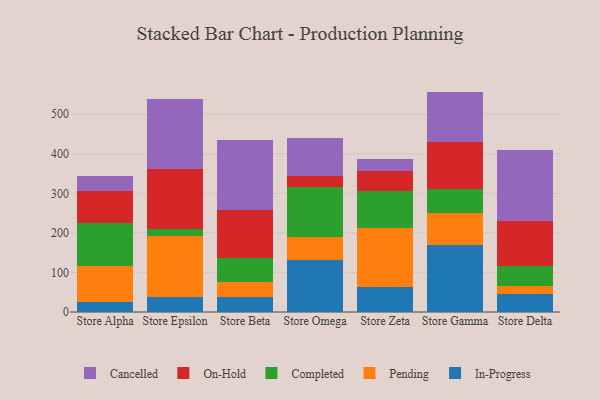
{"axis": {"x": "Store", "y": "Revenue (USD Million)"}, "legend": ["Cancelled", "Completed", "In-Progress", "On-Hold", "Pending"], "data": [{"x": "Store Alpha", "y": 26.5, "type": "In-Progress"}, {"x": "Store Alpha", "y": 89.0, "type": "Pending"}, {"x": "Store Alpha", "y": 109.4, "type": "Completed"}, {"x": "Store Alpha", "y": 80.4, "type": "On-Hold"}, {"x": "Store Alpha", "y": 39.1, "type": "Cancelled"}, {"x": "Store Epsilon", "y": 38.6, "type": "In-Progress"}, {"x": "Store Epsilon", "y": 154.5, "type": "Pending"}, {"x": "Store Epsilon", "y": 16.6, "type": "Completed"}, {"x": "Store Epsilon", "y": 152.6, "type": "On-Hold"}, {"x": "Store Epsilon", "y": 176.8, "type": "Cancelled"}, {"x": "Store Beta", "y": 37.6, "type": "In-Progress"}, {"x": "Store Beta", "y": 38.3, "type": "Pending"}, {"x": "Store Beta", "y": 60.4, "type": "Completed"}, {"x": "Store Beta", "y": 120.5, "type": "On-Hold"}, {"x": "Store Beta", "y": 178.3, "type": "Cancelled"}, {"x": "Store Omega", "y": 132.3, "type": "In-Progress"}, {"x": "Store Omega", "y": 56.7, "type": "Pending"}, {"x": "Store Omega", "y": 125.8, "type": "Completed"}, {"x": "Store Omega", "y": 28.2, "type": "On-Hold"}, {"x": "Store Omega", "y": 96.1, "type": "Cancelled"}, {"x": "Store Zeta", "y": 64.0, "type": "In-Progress"}, {"x": "Store Zeta", "y": 148.3, "type": "Pending"}, {"x": "Store Zeta", "y": 93.7, "type": "Completed"}, {"x": "Store Zeta", "y": 49.3, "type": "On-Hold"}, {"x": "Store Zeta", "y": 31.3, "type": "Cancelled"}, {"x": "Store Gamma", "y": 170.1, "type": "In-Progress"}, {"x": "Store Gamma", "y": 79.4, "type": "Pending"}, {"x": "Store Gamma", "y": 61.8, "type": "Completed"}, {"x": "Store Gamma", "y": 117.3, "type": "On-Hold"}, {"x": "Store Gamma", "y": 128.6, "type": "Cancelled"}, {"x": "Store Delta", "y": 46.7, "type": "In-Progress"}, {"x": "Store Delta", "y": 20.2, "type": "Pending"}, {"x": "Store Delta", "y": 50.5, "type": "Completed"}, {"x": "Store Delta", "y": 113.2, "type": "On-Hold"}, {"x": "Store Delta", "y": 179.2, "type": "Cancelled"}]}